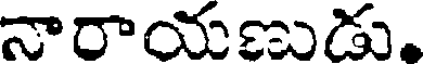
నారాయణుడు,